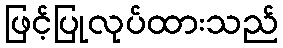
ဖြင့်ပြုလုပ်ထားသည်